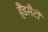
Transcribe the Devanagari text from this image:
हैंडसैटों